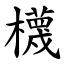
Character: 櫗